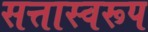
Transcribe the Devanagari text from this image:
सत्तास्वरूप